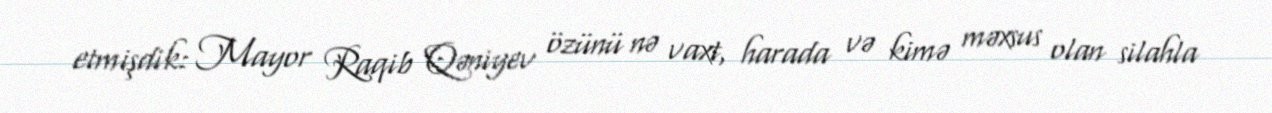
etmişdik: Mayor Raqib Qəniyev özünü nə vaxt, harada və kimə məxsus olan silahla